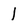
Character: 1